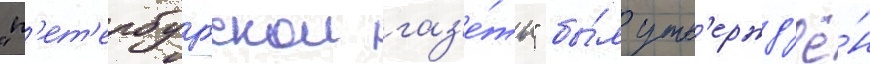
"п'ет'ербургскои газ'е́ты" бы́л утв'ержд'ё́н